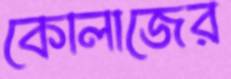
কোলাজের